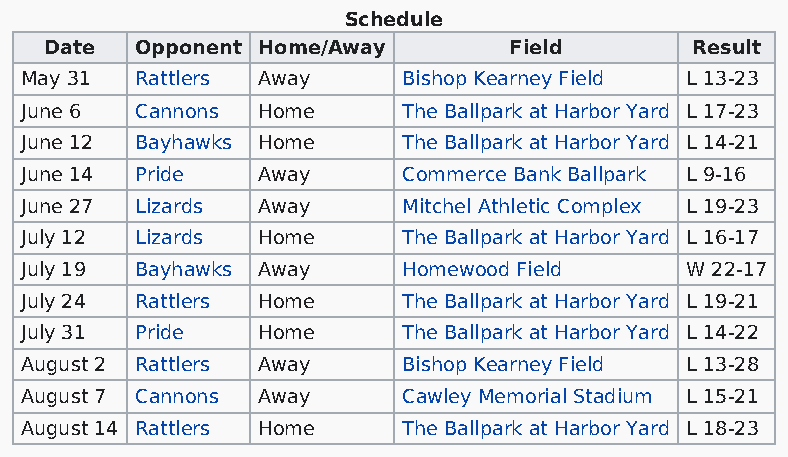
Schedule
 Date  Opponent Home/Away       Field       Result
 May 31  Rattlers Away     Bishop Kearney Field L 13-23
 June 6  Cannons Home      The Ballpark at Harbor Yard L 17-23
 June 12 Bayhawks Home     The Ballpark at Harbor Yard L 14-21
 June 14 Pride   Away      Commerce Bank Ballpark L 9-16
 June 27 Lizards Away      Mitchel Athletic Complex L 19-23
 July 12 Lizards Home      The Ballpark at Harbor Yard L 16-17
 July 19 Bayhawks Away     Homewood Field    W 22-17
 July 24 Rattlers Home     The Ballpark at Harbor Yard L 19-21
 July 31 Pride   Home      The Ballpark at Harbor Yard L 14-22
 August 2 Rattlers Away    Bishop Kearney Field L 13-28
 August 7 Cannons Away     Cawley Memorial Stadium L 15-21
 August 14 Rattlers Home   The Ballpark at Harbor Yard L 18-23